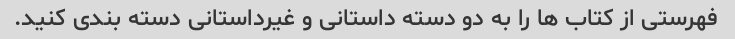
فهرستی از کتاب ها را به دو دسته داستانی و غیرداستانی دسته بندی کنید.